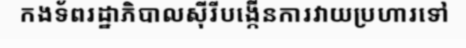
កងទ័ពរដ្ឋាភិបាលស៊ីរីបង្កើនការវាយប្រហារទៅ